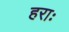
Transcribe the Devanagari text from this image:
हराः